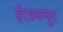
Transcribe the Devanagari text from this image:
ईएडब्ल्यूए